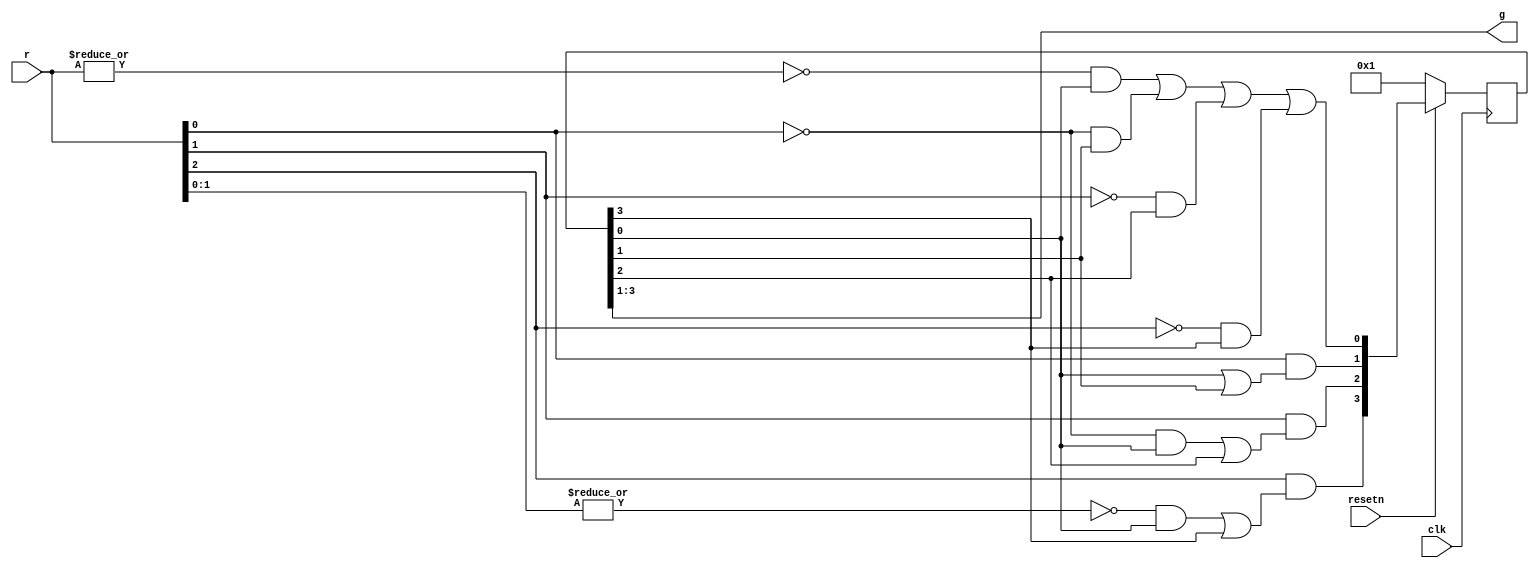
// SPDX-License-Identifier: MIT

module top_module (
    input clk,
    input resetn,    // active-low synchronous reset
    input [3:1] r,   // request
    output [3:1] g   // grant
); 
    reg [3:0] s;
    wire [3:0] S;
    
    assign S[0] = (!(|r) & s[0]) | (!r[1] & s[1]) | (!r[2] & s[2]) | (!r[3] & s[3]);
    assign S[1] = r[1] & (s[0] | s[1]);
    assign S[2] = r[2] & ((!r[1] & s[0]) | s[2]);
    assign S[3] = r[3] & ((!(|r[2:1]) & s[0]) | s[3]);
    
    assign g = s[3:1];
    
    always @(posedge clk) begin
        if (!resetn) s <= 4'b1;
        else s <= S;
    end
endmodule